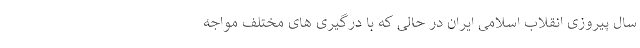
سال پیروزی انقلاب اسلامی ایران در حالی که با درگیری های مختلف مواجه